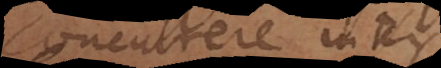
concurrere inter